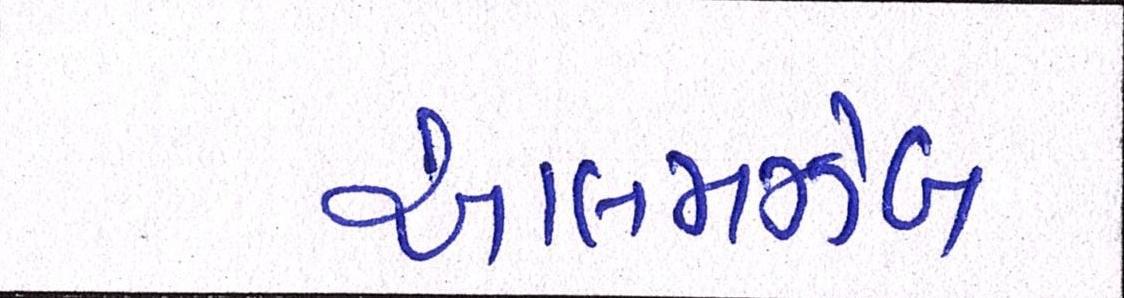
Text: આલમઝેબ